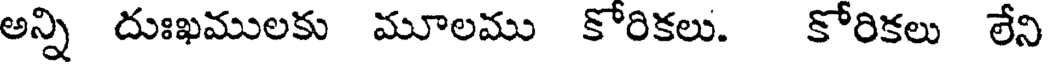
అన్ని దుఃఖములకు మూలము కోరికలు. కోరికలు లేని